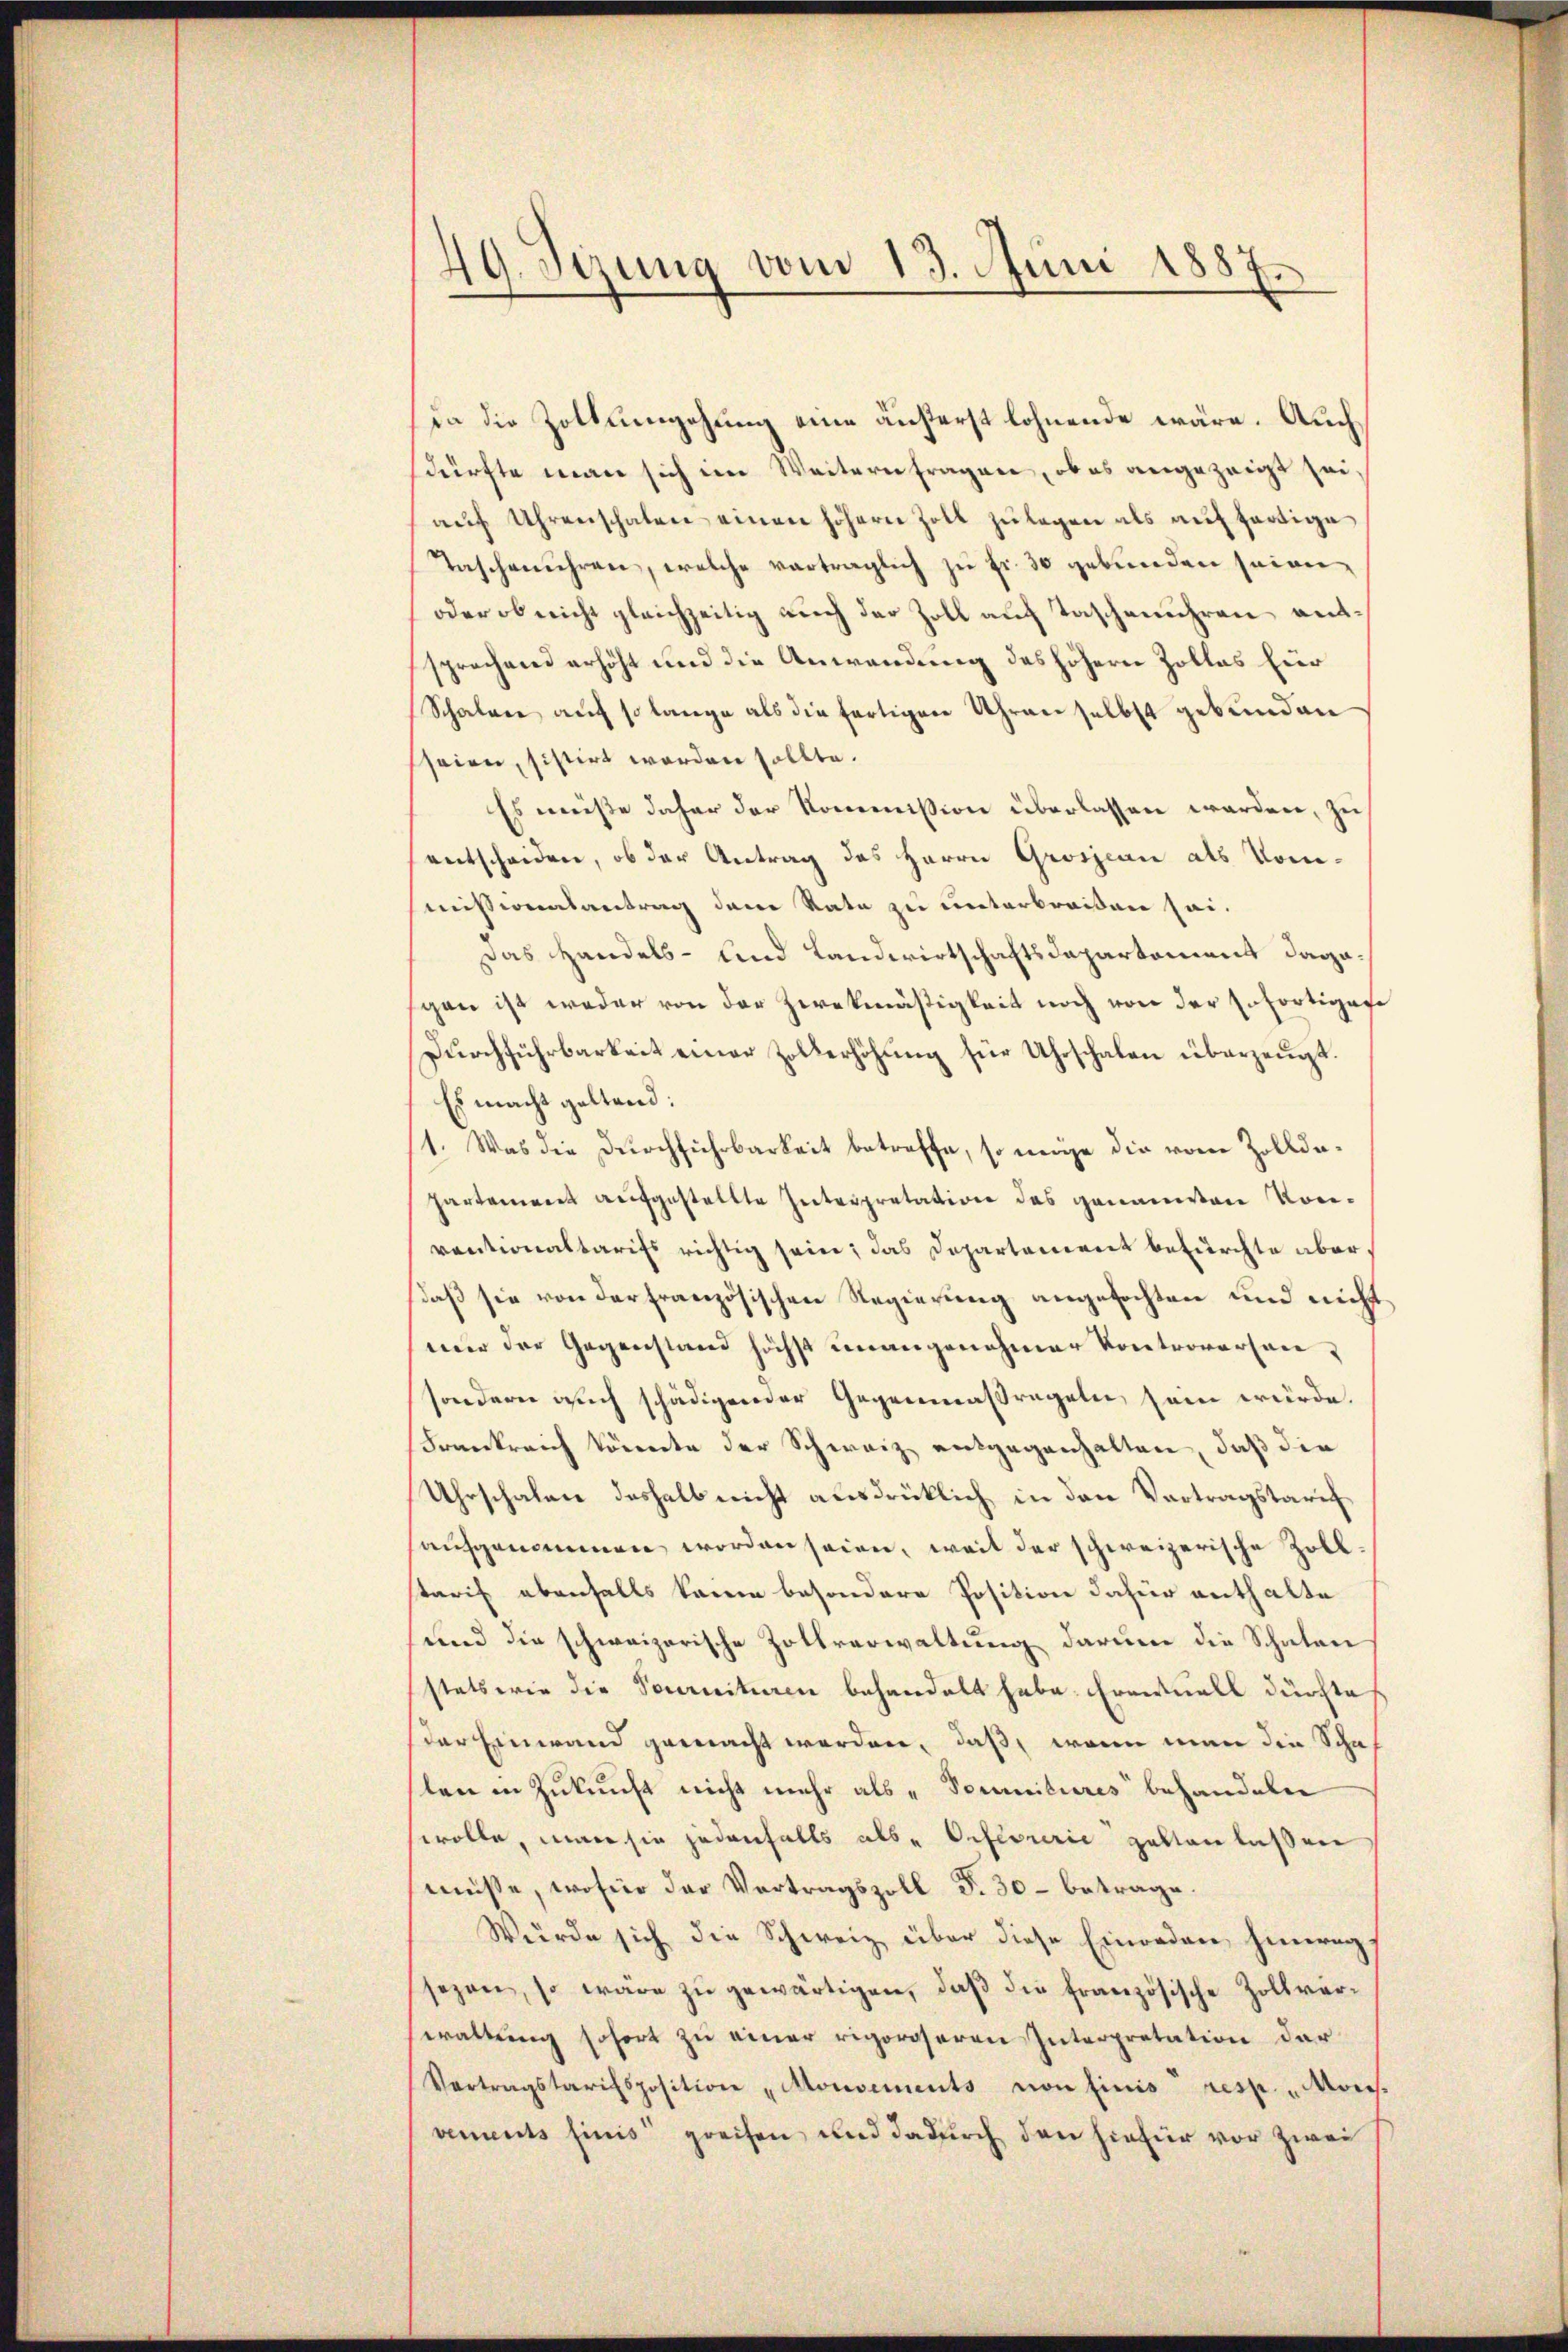
49. Sezung vom 13. Juni 1887.

da die Zoltumgehung eine äußerst lohnende wäre. Auch
sdürfte man sich im Weitern fragen, ob es angezeigt sei,
aŭf Uhrenschalen einen höhern Zoll zulegen als auffertige
Taschenuhren, welche vorträglich zu Fr. 30 gebunden seinen,
oder ob nicht gleichzeitig auch der Zoll auf Taschenuhren gentsprechend erhöht und die Anwendung des höhern Zollas hier
Schalere auf so lange als die fertigen Uhren selbst gebunden
seien, sistirt worden sollte.
Es müsse daher der Kommission überlassen werden, zu
entscheiden, ob der Antrag des Herrn Grosjean als Kommissionalantrag dem Rate zu unterbreißen sei.
Das Handels- und Landwirtschaftsdepartement dagegan ist weder von der Zweckmäßigkeit noch von der Erfortigese
Dŭrchführbarkeit einer Zollerhöhung für Uhrschalen überzeugt.
Es macht geltend:
1. Was die Durchführbarkeit betreffe, so möge die vom Zollda¬
Partement aufgestellte Interpretation des genanten Vorventionaltarifs richtig sein; das Departement befürchte aberdaß sie von der französischen Regierung angefochten und nicht
nur der Gegenstand höchst unangenehmer Kontroversensondern auch schädigender Gegenmaßregeln sein würde.
Frankreich könnte der Schweiz entgegenhalten, daß die
Uhrschalen deshalb nicht ausdrücklich in den Vortragstarif
aufgenommen worden seien, weil der schweizerische Zollstarif ebenfalls kann besondere Position dahier enthalte
und die schweizerische Zollverwaltung darum die Schaten
statterie die Sauricituren behandelt habe. Eventuell durfte
ser Einwand gemacht werden, daß, wenn man die Schasten in Zukunft nicht mehr als „Souenitures behandeln
wolle, man sie jedenfalls als Ortecurie halten laßen
müsse, wofür der Vertragszoll S. 30- betrage.
Würde sich die Schweiz über diese Einreden hinweg
sezen, so wäre zŭ gewärtigen, daβ die französische Zollverwaltung sofort zu einer rigoroseren Interpretation der¬
Vertragstarifsposition „Mouvements von finis resp. „Mons.
vements sinis greifen, und dadurch den hiefür vor zwei